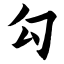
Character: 勾